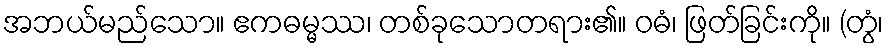
အဘယ်မည်သော။ ဧကဓမ္မဿ၊ တစ်ခုသောတရား၏။ ဝဓံ၊ ဖြတ်ခြင်းကို။ (တွံ၊